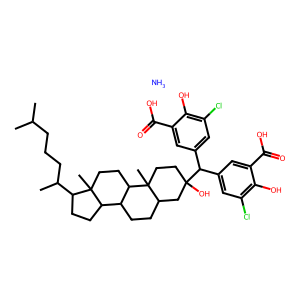
SMILES: CC(C)CCCC(C)C1CCC2C3CCC4CC(O)(C(c5cc(Cl)c(O)c(C(=O)O)c5)c5cc(Cl)c(O)c(C(=O)O)c5)CCC4(C)C3CCC12C.N
Inhibits HIV replication: No